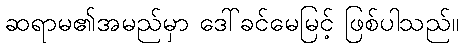
ဆရာမ၏အမည်မှာ ဒေါ်ခင်မေမြင့် ဖြစ်ပါသည်။